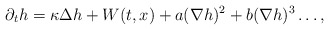
\begin{align*}\partial_t h= \kappa \Delta h + W(t, x) +a (\nabla h)^2+ b (\nabla h)^3 \dotsc ,\end{align*}